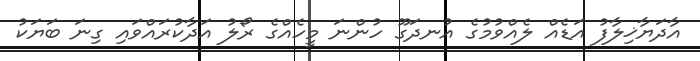
އާދަޔާޚިލާފު އަޑެއް ލެއްވުމުގެ އުނދަގޫ ހުންނަ މީހެއްގެ ރޯލު އަދާކުރައްވައި ގިނަ ބަޔަކު